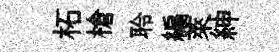
柘槍聆編萊紳